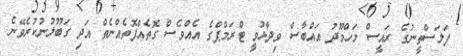
ފަލަސްތީނުގެ ރައީސް މަހްމޫދު އައްބާސް ވިދާޅުވީ ޓްރަމްޕްގެ އެއްވެސް ގޮތެއްފޮތެއްނެތް އަދި ގަބޫލުނުކުރެވޭނެ